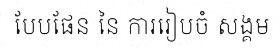
បែបផែន នៃ ការរៀបចំ សង្គម